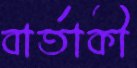
বার্তাকী